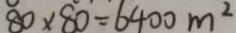
8 0 \times 8 0 = 6 4 0 0 m ^ { 2 }